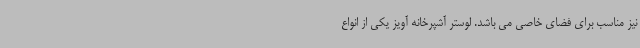
نیز مناسب برای فضای خاصی می باشد. لوستر آشپرخانه آویز یکی از انواع